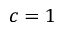
c = 1